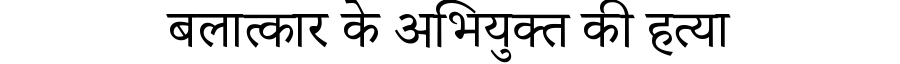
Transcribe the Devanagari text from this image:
बलात्कार के अभियुक्त की हत्या